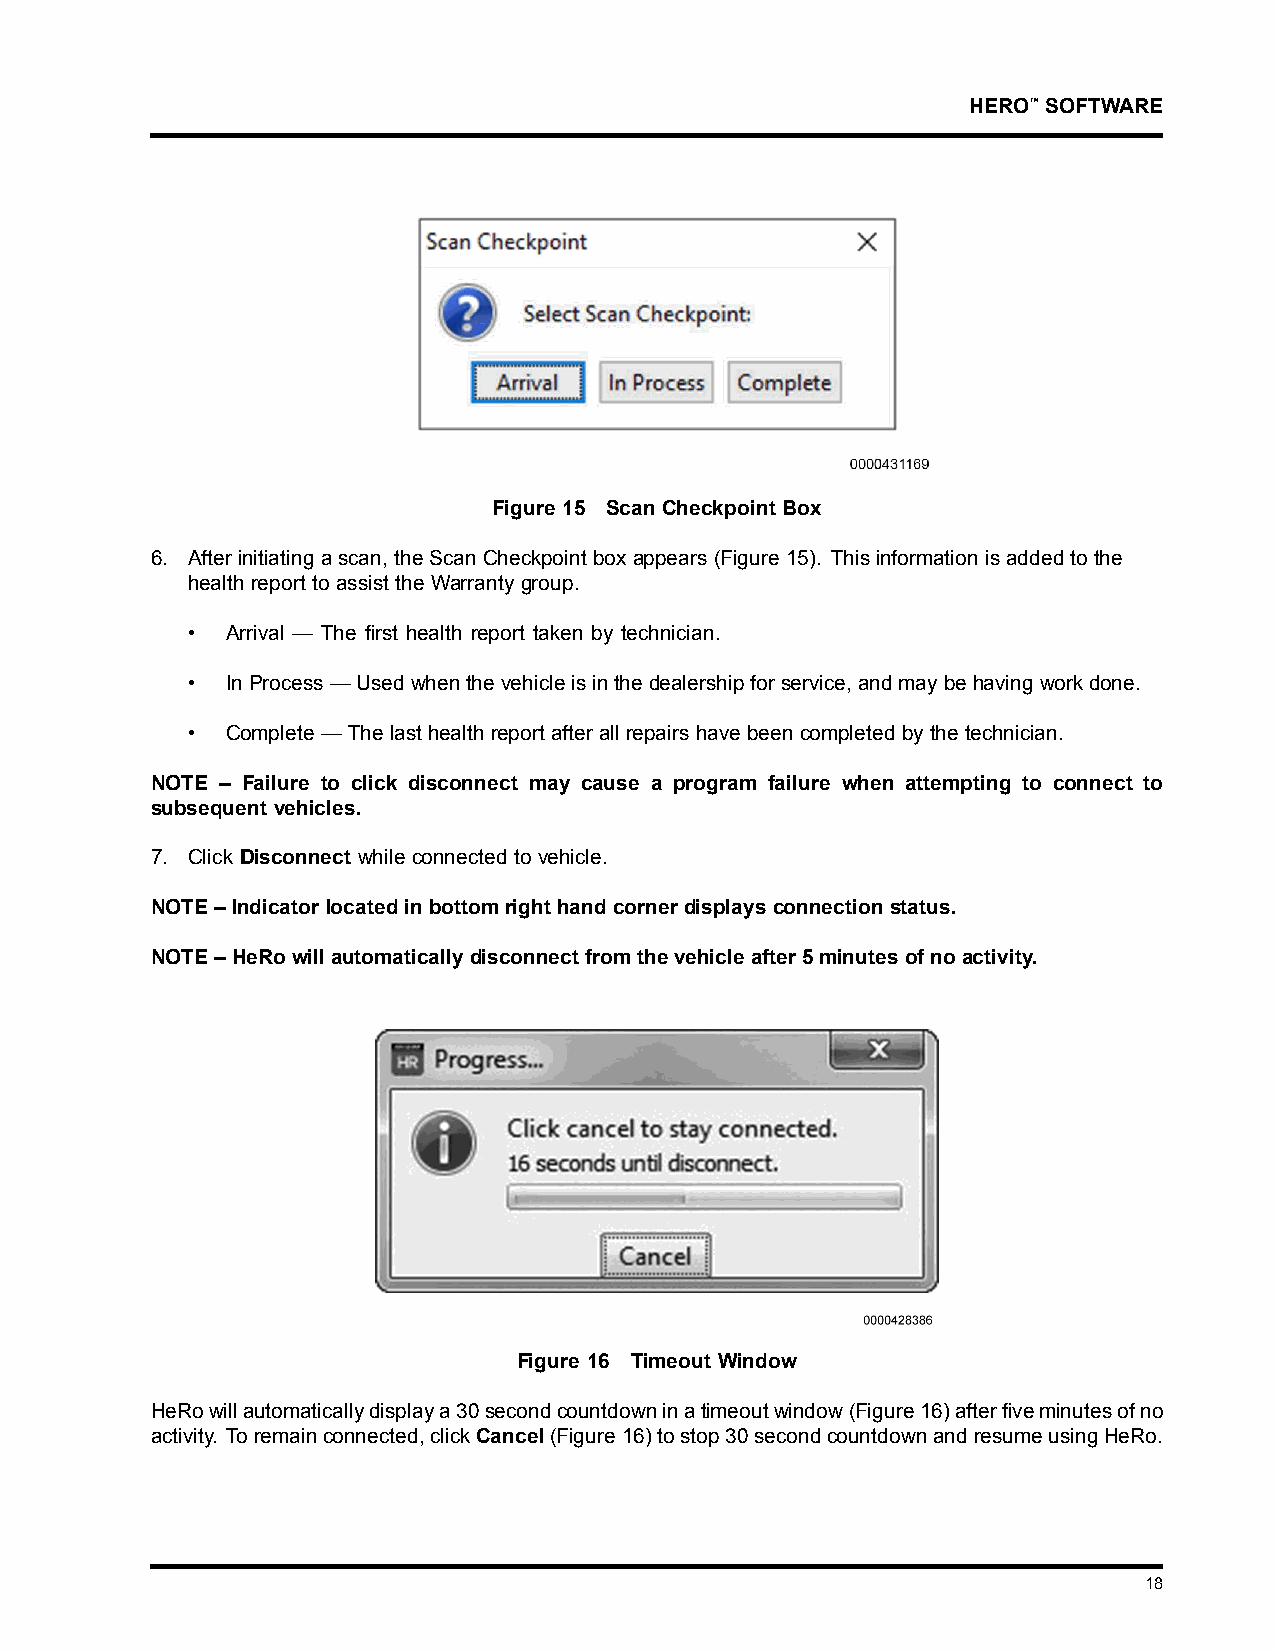
HERO™SOFTWARE
 Figure 15 Scan Checkpoint Box
 6. Afterinitiatingascan, theScanCheckpointboxappears(Figure15). Thisinformationisaddedtothe
 health report to assist the Warranty group.
 •  Arrival — The first health report taken by technician.
 •  InProcess—Usedwhenthevehicleisinthedealershipforservice,andmaybehavingworkdone.
 •  Complete — The last health report after all repairs have been completed by the technician.
 NOTE – Failure to click disconnect may cause a program failure when attempting to connect to
 subsequent vehicles.
 7. Click Disconnect while connected to vehicle.
 NOTE–Indicatorlocatedinbottomrighthandcornerdisplaysconnectionstatus.
 NOTE–HeRowillautomaticallydisconnectfromthevehicleafter5minutesofnoactivity.
 Figure 16 Timeout Window
 HeRowillautomaticallydisplaya30secondcountdowninatimeoutwindow(Figure16)afterfiveminutesofno
 activity. Toremainconnected,clickCancel(Figure16)tostop30secondcountdownandresumeusingHeRo.
 18